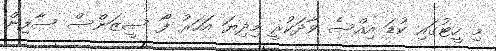
މި ހީޓުގައި ކުޑަ އިއްސެ ވާދަކުރީ މިދިޔަ އަހަރު ފޯ ސީޒަންސް ސާފިން